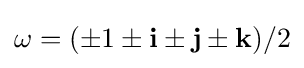
\omega =(\pm 1\pm \mathbf {i} \pm \mathbf {j} \pm \mathbf {k} )/2